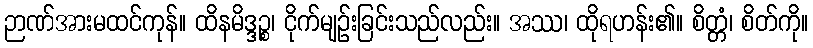
ဉာဏ်အားမထင်ကုန်။ ထိနမိဒ္ဒဉ္စ၊ ငိုက်မျဉ်းခြင်းသည်လည်း။ အဿ၊ ထိုရဟန်း၏။ စိတ္တံ၊ စိတ်ကို။